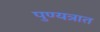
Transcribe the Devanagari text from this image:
पुण्यत्रात